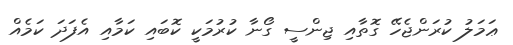
ޢަމަލު ކުރަންޖެހޭ ގޮތާއި ޖިންސީ ގޯނާ ކުރުމަކީ ކޮބައި ކަމާއި އެފަދަ ކަމެއް